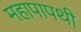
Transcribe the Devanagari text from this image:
महापापथी